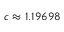
c \approx 1 . 1 9 6 9 8